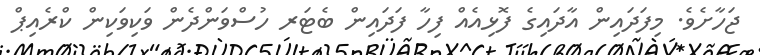
ޖަހާށެވެ. މިފަދައިން އާދައިގެ ފޮޅިއެއް ފިހާ ފަދައިން ބެޓަރ ހުސްވަންދެން ވަކިވަކިން ކްރެއިޕް